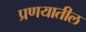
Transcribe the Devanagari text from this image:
प्रणयातील